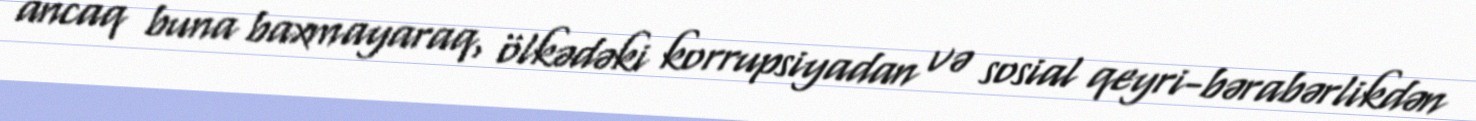
ancaq buna baxmayaraq, ölkədəki korrupsiyadan və sosial qeyri-bərabərlikdən